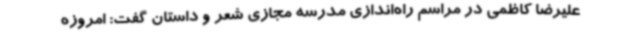
علیرضا کاظمی در مراسم راه‌اندازی مدرسه مجازی شعر و داستان گفت: امروزه